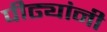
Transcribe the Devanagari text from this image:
पीढ्यांनी